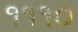
૧૧૧૦